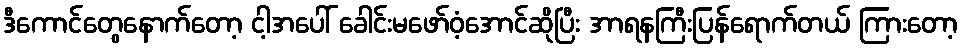
ဒီကောင်တွေနောက်တော့ ငါ့အပေါ် ခေါင်းမဖော်ဝံ့အောင်ဆိုပြီး အာရနကြီးပြန်ရောက်တယ် ကြားတော့